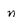
Character: n